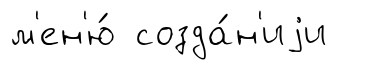
м'ен'ю́ созда́н'иjи